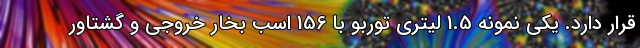
قرار دارد. یکی نمونه 1.5 لیتری توربو با 156 اسب بخار خروجی و گشتاور